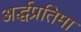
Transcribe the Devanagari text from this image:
अर्द्धप्रतिमा